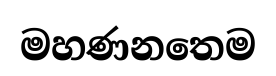
මහණනතෙම